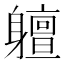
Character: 䡀